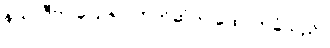
နယ်လီက ပြောရာ ဘုတ်ဆုံက ထောက်ခံသည်။